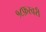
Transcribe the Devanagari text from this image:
१८फ़रवरी